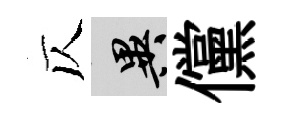
仄异儻